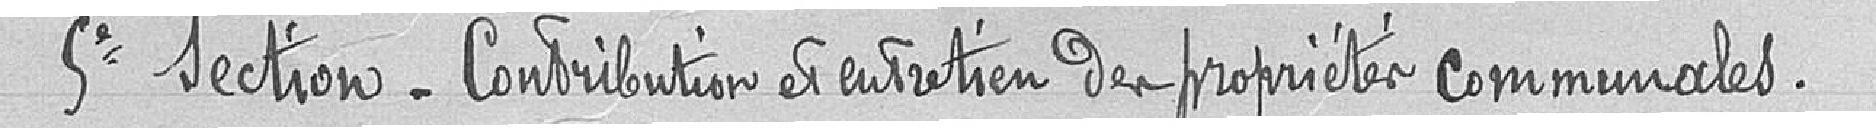
Cinquième section - Contribution et entretien des propriétés communales